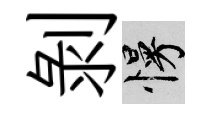
剝慢